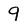
Character: 9